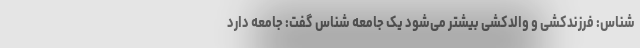
شناس: فرزندکشی و والدکشی بیشتر می‌شود یک جامعه شناس گفت: جامعه دارد